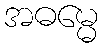
အဓမ္မေ